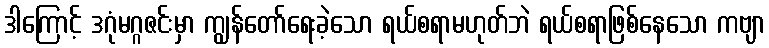
ဒါကြောင့် ဒဂုံမဂ္ဂဇင်းမှာ ကျွန်တော်ရေးခဲ့သော ရယ်စရာမဟုတ်ဘဲ ရယ်စရာဖြစ်နေသော ကဗျာ